Statistics of inoculations with Haffkine's anti-plague vaccine 1897-1900
Year: 1897
Disease focus: Plague
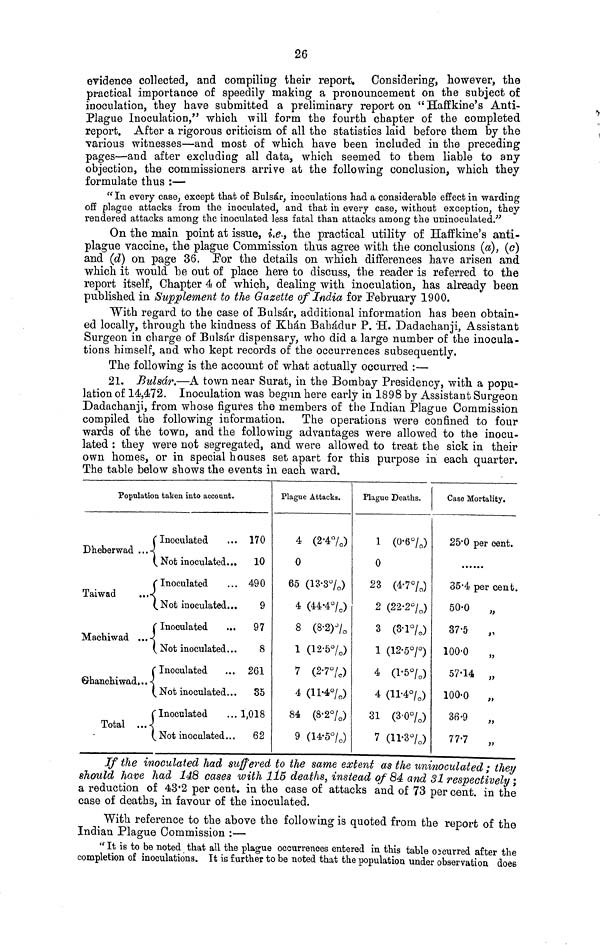
26
evidence collected, and compiling their report. Considering, however, the
practical importance of speedily making a pronouncement on the subject of
inoculation, they have submitted a preliminary report on "Haffkine's Anti-
Plague Inoculation," which will form the fourth chapter of the completed
report. After a rigorous criticism of all the statistics laid before them by the
various witnesses—and most of which have been included in the preceding
pages—and after excluding all data, which seemed to them liable to any
objection, the commissioners arrive at the following conclusion, which they
formulate thus :—
"In every case, except that of Bulsár, inoculations had a considerable effect in warding
off plague attacks from the inoculated, and that in every case, without exception, they
rendered attacks among the inoculated less fatal than attacks among the uninoculated."
On the main point at issue, i.e., the practical utility of Haffkine's anti-
plague vaccine, the plague Commission thus agree with the conclusions (a), (c)
and (d) on page 36. For the details on which differences have arisen and
which it would be out of place here to discuss, the reader is referred to the
report itself, Chapter 4 of which, dealing with inoculation, has already been
published in Supplement to the Gazette of India for February 1900.
With regard to the case of Bulsár, additional information has been obtain-
ed locally, through the kindness of Khán Bahádur P. H. Dadachanji, Assistant
Surgeon in charge of Bulsár dispensary, who did a large number of the inocula-
tions himself, and who kept records of the occurrences subsequently.
The following is the account of what actually occurred :—
21. Bulsár.—A town near Surat, in the Bombay Presidency, with a popu-
lation of 14,472. Inoculation was begun here early in 1898 by Assistant Surgeon
Dadachanji, from whose figures the members of the Indian Plague Commission
compiled the following information. The operations were confined to four
wards of the town, and the following advantages were allowed to the inocu-
lated : they were not segregated, and were allowed to treat the sick in their
own homes, or in special houses set apart for this purpose in each quarter.
The table below shows the events in each ward.
If the inoculated had Buffered to the same extent as the uninoculated; they
should have had 148 cases with 1Í6 deaths, instead of 84 and 31 respectively ;
a reduction of 43·2 per cent. in the case of attacks and of 73 per cent. in the
case of deaths, in favour of the inoculated.
With reference to the above the following is quoted from the report of the
Indian Plague Commission :—
"It is to be noted that all the plague occurrences entered in this table occurred after the
completion of inoculations. It is further to be noted that the population under observation does
Population taken into account.
Inoculated
Dheberwad ...
Not inoculated...
Inoculated
Taiwad
...
Not inoculated...
Inoculated
Machiwad ...
Not inoculated...
Inoculated
Ghanchiwad...
Not inoculated...
Inoculated
Total
...
Not inoculated...
170
10
490
9
97
8
261
35
1,018
62
Plague Attacks.
4 (2·4%)
0
65 (13·3%)
4 (44·4%)
8 (8·2)%
1 (12·5%)
7 (2·7)%
4 (11·4%)
84 (8·2%)
9 (14·5%)
Plague Deaths.
1 (0·6%)
0
23 (4·7%)
2 (22·2%)
3 (3·1%)
1 (12·5%)
4 (1·5%)
4 (11·4%)
31 (3·0%)
7 (11·3%)
Case Mortality.
25·0 per cent.
•••••
35·4 per cent.
50·0
"
37·5
"
100·0
"
57·14 "
100·0
"
36·9
"
77·7
"